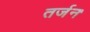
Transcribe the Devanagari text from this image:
तर्जन